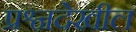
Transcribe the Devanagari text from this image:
प्रश्नदेखील